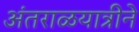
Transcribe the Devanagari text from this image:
अंतराळयात्रीने